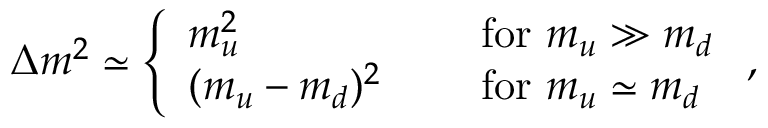
\Delta m ^ { 2 } \simeq \left\{ \begin{array} { l l } { { m _ { u } ^ { 2 } } } & { { \quad \mathrm { ~ f o r ~ } m _ { u } \gg m _ { d } } } \\ { { ( m _ { u } - m _ { d } ) ^ { 2 } } } & { { \quad \mathrm { ~ f o r ~ } m _ { u } \simeq m _ { d } } } \end{array} \right. ,